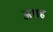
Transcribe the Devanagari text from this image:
अराह